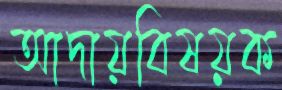
আদায়বিষয়ক